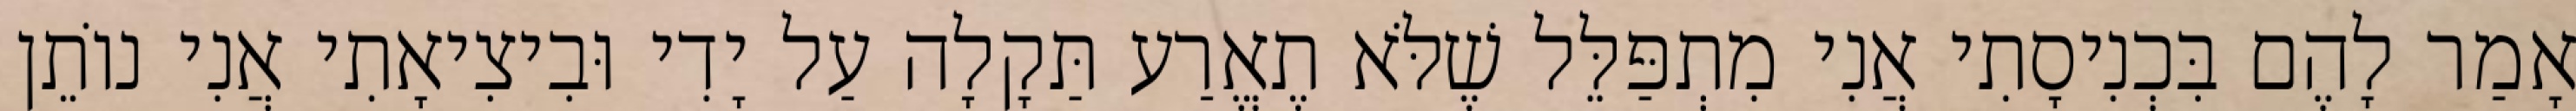
אָמַר לָהֶם בִּכְנִיסָתִי אֲנִי מִתְפַּלֵּל שֶׁלֹּא תֶאֱרַע תַּקָלָה עַל יָדִי וּבִיצִיאָתִי אֲנִי נוֹתֵן